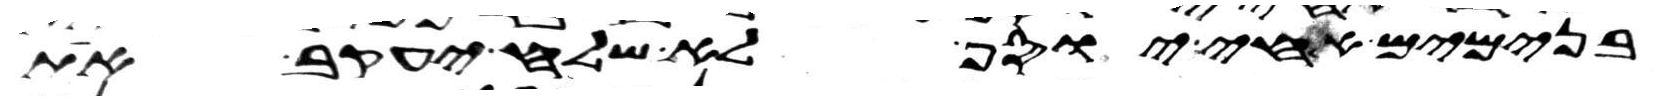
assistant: בנימים אחי יוסף לא שלח יעקב את